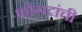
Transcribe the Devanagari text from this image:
फोगटांची